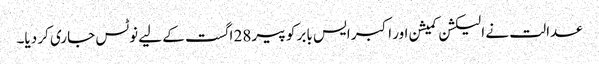
عدالت نے الیکشن کمیشن اور اکبر ایس بابر کو پیر 28 اگست کے لیے نوٹس جاری کر دیا۔